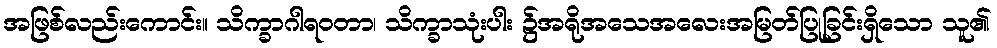
အဖြစ်လည်းကောင်း။ သိက္ခာဂါရဝတာ၊ သိက္ခာသုံးပါး ၌အရိုအသေအလေးအမြတ်ပြုခြင်းရှိသော သူ၏